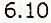
6.10